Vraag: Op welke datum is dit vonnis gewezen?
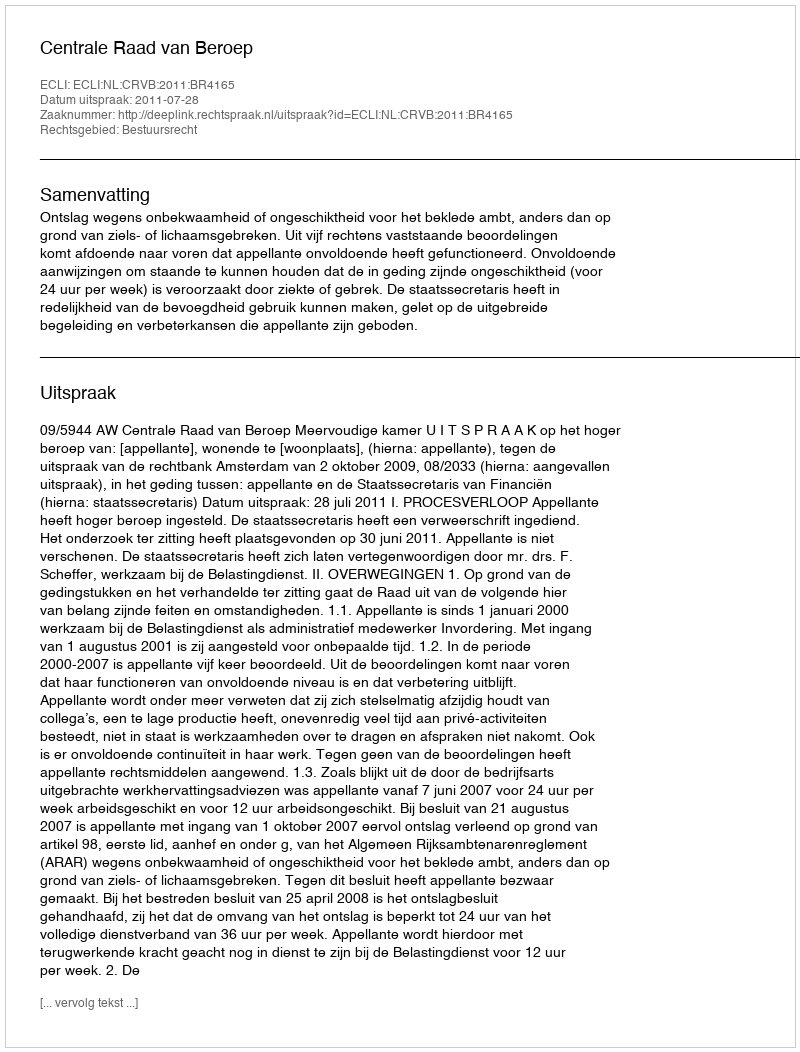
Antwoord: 2011-07-28